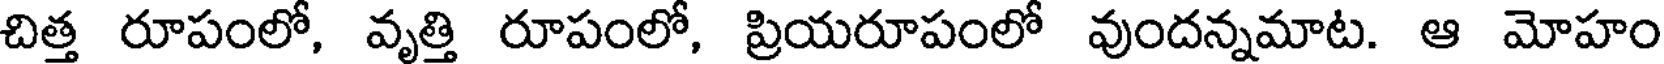
చిత్త రూపంలో, వృత్తి రూపంలో, ప్రియరూపంలో వుందన్నమాట. ఆ మోహం